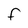
Character: F